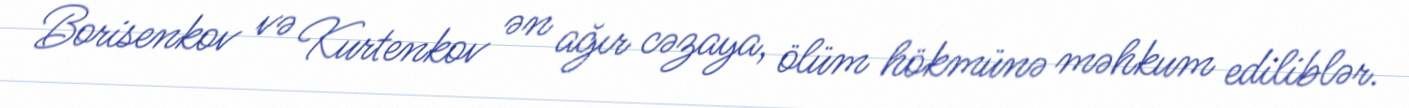
Borisenkov və Kurtenkov ən ağır cəzaya, ölüm hökmünə məhkum ediliblər.